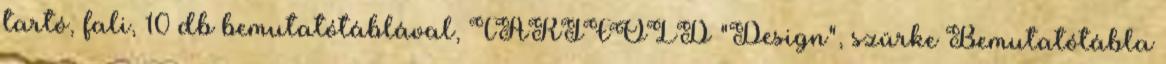
tartó, fali, 10 db bemutatótáblával, TARIFOLD "Design", szürke Bemutatótábla